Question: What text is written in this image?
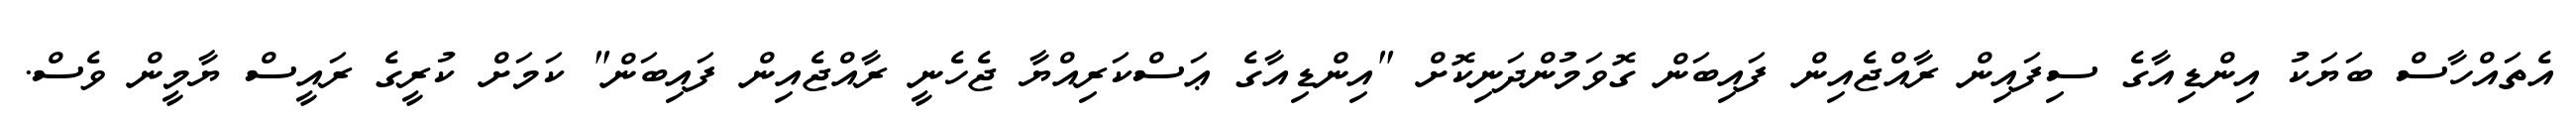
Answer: އެތައްހާސް ބަޔަކު އިންޑިއާގެ ސިފައިން ރާއްޖެއިން ފައިބަން ގޮވަމުންދަނިކޮށް "އިންޑިއާގެ ޢަސްކަރިއްޔާ ޖެހެނީ ރާއްޖެއިން ފައިބަން" ކަމަށް ކުރީގެ ރައީސް ޔާމީން ވެސް.